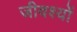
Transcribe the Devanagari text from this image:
जीवश्यों